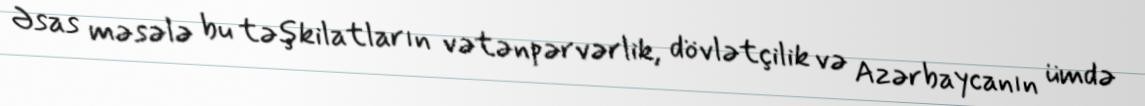
Əsas məsələ bu təşkilatların vətənpərvərlik, dövlətçilik və Azərbaycanın ümdə